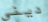
ديني